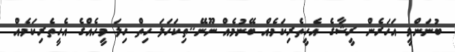
ބުނަންވީ އަހަރެން ރީޝާގެ އެހީތެރިކަމެއް ބޭނުމެއް ނޫނޭ..ތިކަހަލަ ހިތް ހިލަ މީހެއްގެ އެހީތެރިކަމެއް